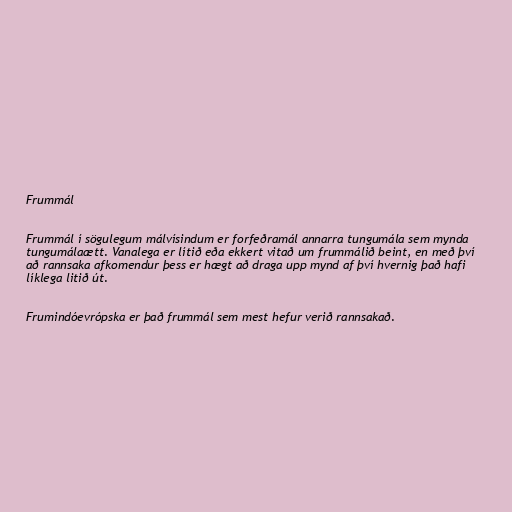
Frummál

Frummál í sögulegum málvísindum er forfeðramál annarra tungumála sem mynda
tungumálaætt. Vanalega er lítið eða ekkert vitað um frummálið beint, en með því
að rannsaka afkomendur þess er hægt að draga upp mynd af því hvernig það hafi
líklega litið út.

Frumindóevrópska er það frummál sem mest hefur verið rannsakað.